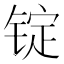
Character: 锭